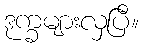
ဒုက္ခများလှပြီ။